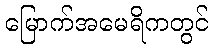
မြောက်အမေရိကတွင်